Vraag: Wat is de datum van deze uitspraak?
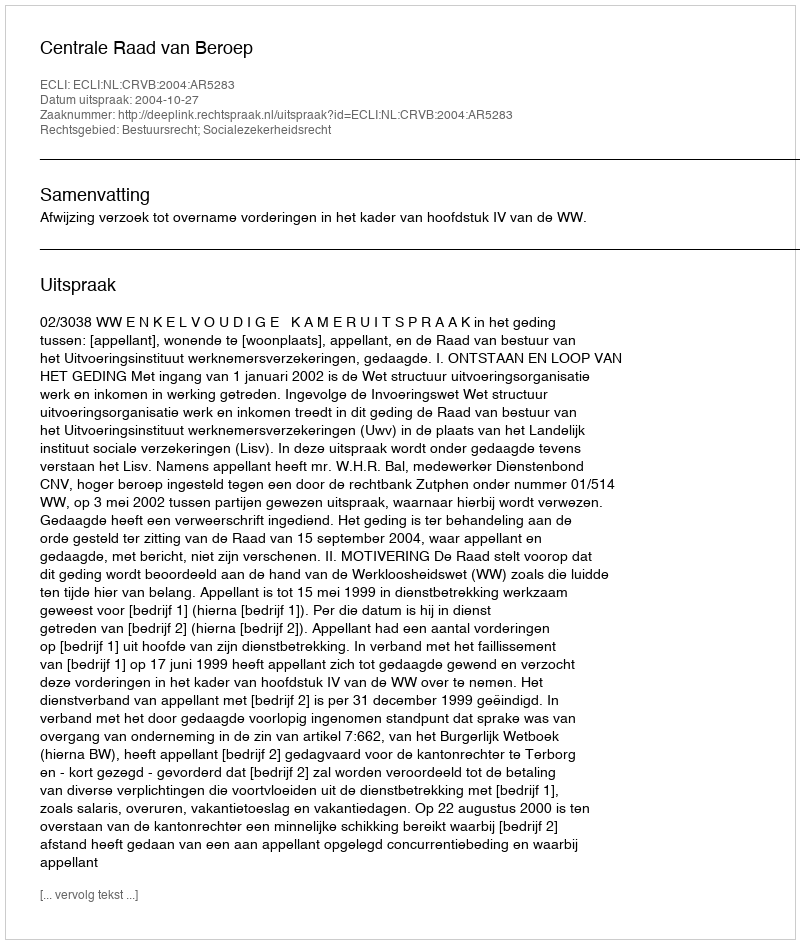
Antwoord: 2004-10-27